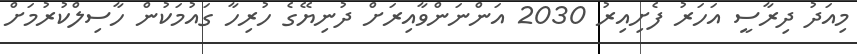
މިއަދު ދިރާސީ އަހަރު ފެށިއިރު 2030 އަންނަންވާއިރަށް ދުނިޔޭގެ ހުރިހާ ގައުމަކުން ހާސިލްކުރުމަށް